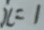
x = 1